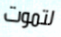
لتموت